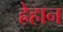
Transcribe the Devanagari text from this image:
ह्रेहान